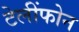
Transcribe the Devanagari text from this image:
टेलींफोन